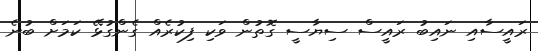
ރައީސާއި ނައިބު ރައީސް ސިޔާސީ ގޮތުން ވަކި ފިކުރެއް ގެންގުޅޭ ކަމަށް ބުނެ